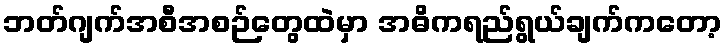
ဘတ်ဂျက်အစီအစဉ်တွေထဲမှာ အဓိကရည်ရွယ်ချက်ကတော့